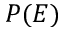
P ( E )